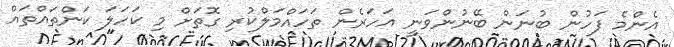
އެންމެ ފަހުން ބުނަން ބޭނުންވަނީ އަހަރެން ތަހައްމަލްކުރި ގޮތަށް މި ކަހަލަ ކަންތައްތައް